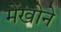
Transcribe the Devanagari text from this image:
मेंखोने